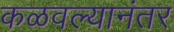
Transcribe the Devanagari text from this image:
कळवल्यानंतर